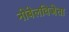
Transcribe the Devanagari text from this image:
नोबेलविजेता